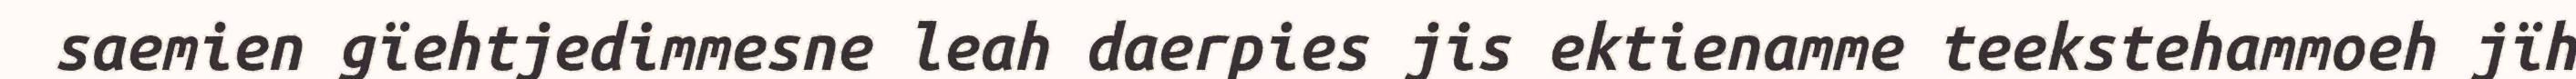
saemien gïehtjedimmesne leah daerpies jis ektienamme teekstehammoeh jïh